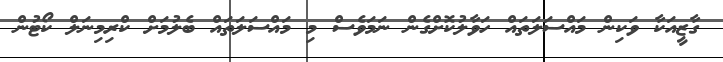
ގާޒީއަކާ ވަކިން މައްސަލަތައް ހަވާލުކޮށްގެން ނަމަވެސް މި މައްސަލަތައް ބެލުމަށް ކްރިމިނަލް ކޯޓުން